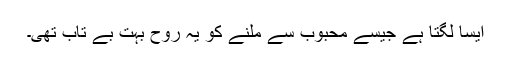
ایسا لگتا ہے جیسے محبوب سے ملنے کو یہ روح بہت بے تاب تھی۔